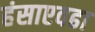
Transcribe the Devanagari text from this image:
हंसाएवढा